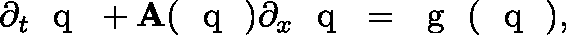
\partial _ { t } \textrm { \boldmath { q } } + \mathbf { A } ( \textrm { \boldmath { q } } ) \partial _ { x } \textrm { \boldmath { q } } = \textrm { \boldmath { g } } ( \textrm { \boldmath { q } } ) ,